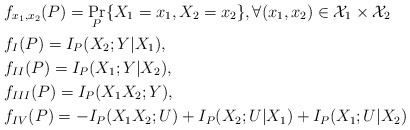
\begin{align*}&f_{x_1,x_2}(P)=\Pr_{P}\{X_1=x_1,X_2=x_2\},\forall (x_1,x_2)\in\mathcal{X}_1\times \mathcal{X}_2 \\&f_I(P)=I_P(X_2;Y|X_1),\\&f_{II}(P)= I_P(X_1;Y|X_2),\\&f_{III}(P)= I_P(X_1X_2;Y),\\&f_{IV}(P)= -I_P(X_1X_2;U)+I_P(X_2;U|X_1)+I_P(X_1;U|X_2)\end{align*}